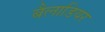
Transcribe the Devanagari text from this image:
बैलाडियर